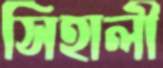
সিহালী